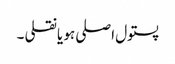
پستول اصلی ہو یا نقلی ۔